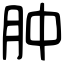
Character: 肿